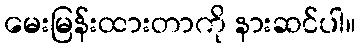
မေးမြန်းထားတာကို နားဆင်ပါ။